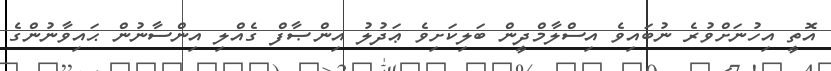
އޮތީ އިހުނަށްވުރެ ނުބައިވެ އިސްލާމްދީން ބަލިކަށިވެ ޢަދުލު އިންޞާފް ގެއްލި އިންސާނުން ޙައިވާނުންގެ